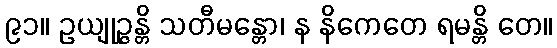
၉၁။ ဥယျုဉ္ဇန္တိ သတီမန္တော၊ န နိကေတေ ရမန္တိ တေ။